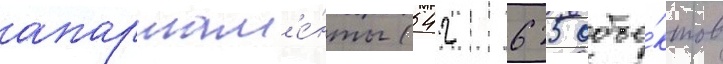
апартам'е́нты (542 625 объе́ктов